Eesti_Vabariigi_Tartu_Ulikool, lk 5
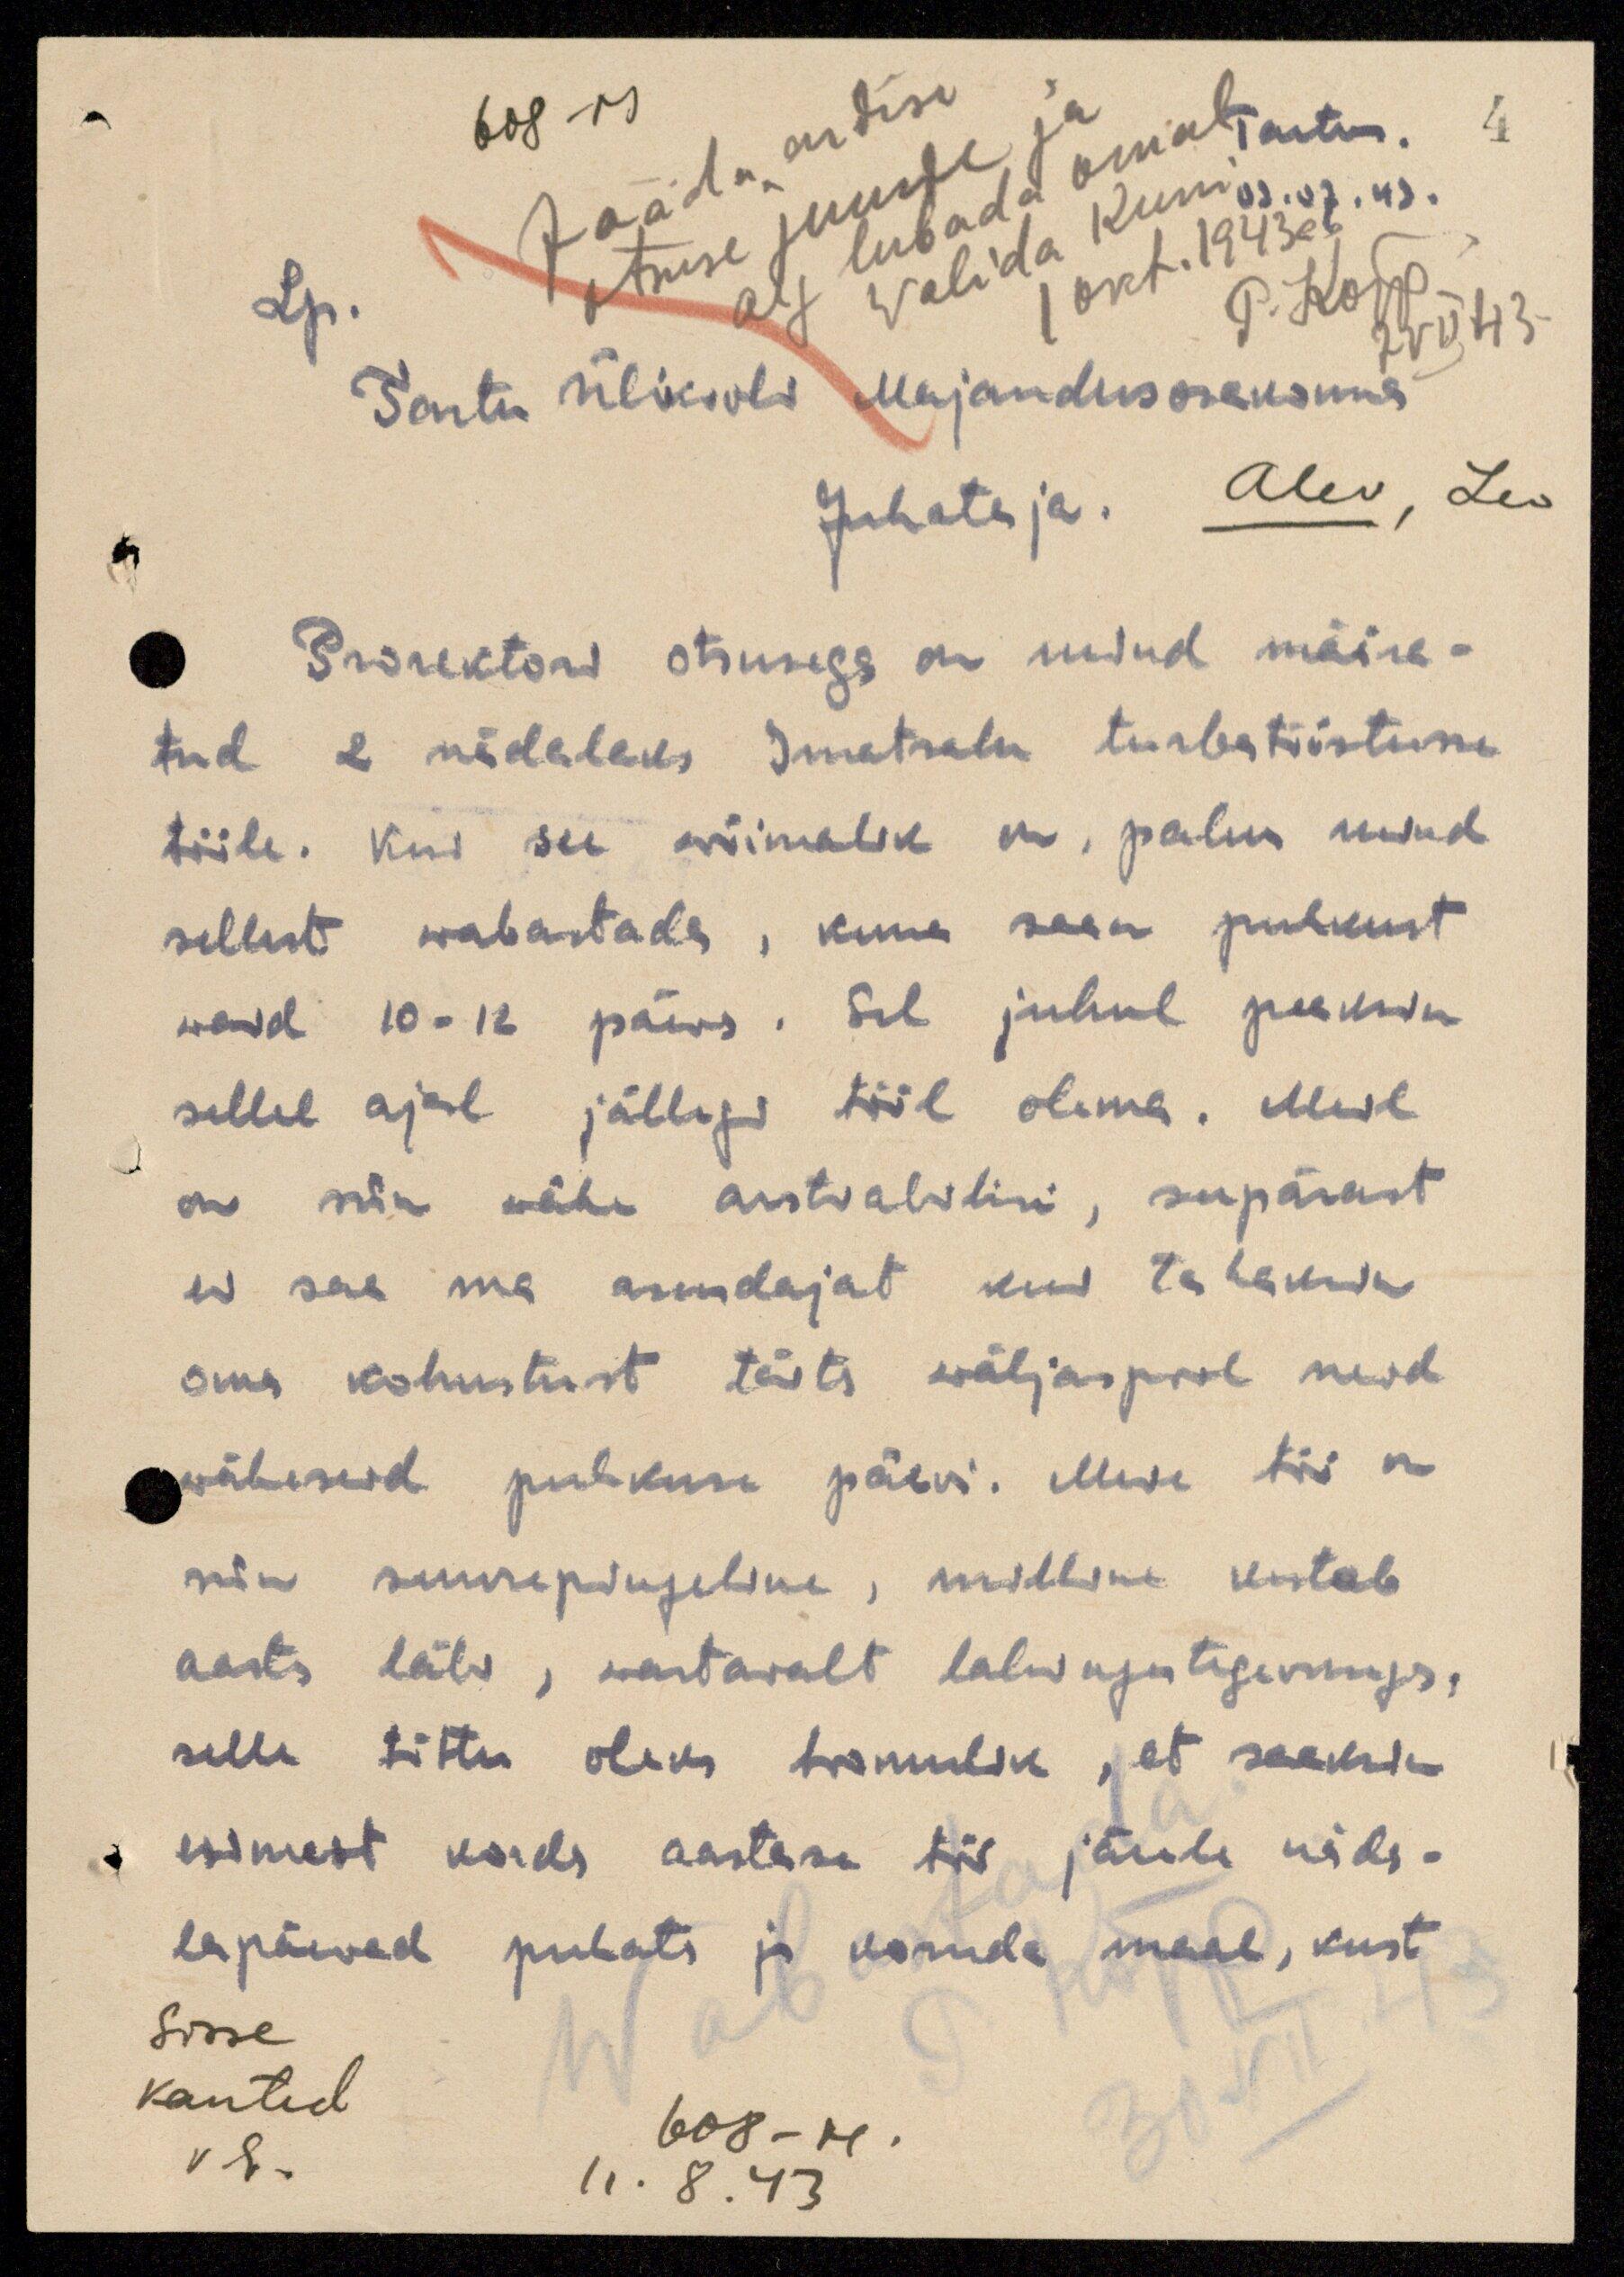
608-M
4
Lp.
Tartu Ülikooli Majandusosakonna
Juhataja.
Alev, Leo
Prorektori otsusega on mind määra-
tud 2 nädalaks Imatsalu turbatööstusse
tööle. Kui see wõimalik on, palun mind
sellest wabastada, kuna saan puhkust
waid 10-12 päeva. Sel juhul peaksin
sellel ajal jällegi tööl olema. Meil
on siin wähe arstiabilisi, seepärast
ei saa ma asendajat kui tahaksin
oma kohustust täita wäljaspool neid
wäheseid puhkuse päevi. Meie töö on
siin suurepingeline, milline kestab
aasta läbi, wastavalt lahingutegevusega,
selle tõttu oleks loomulik, et saaksin
esimest korda aastase töö järele näda-
lapäevad puhata ja kosuda maal, kust
Sisse
kantud
608-M.
V E.
11. 8. 43